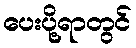
ပေးပို့ရာတွင်